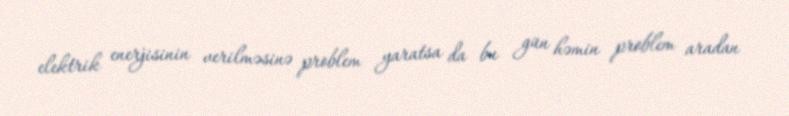
elektrik enerjisinin verilməsinə problem yaratsa da bu gün həmin problem aradan